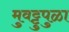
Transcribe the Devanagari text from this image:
मुवट्टुपुळा